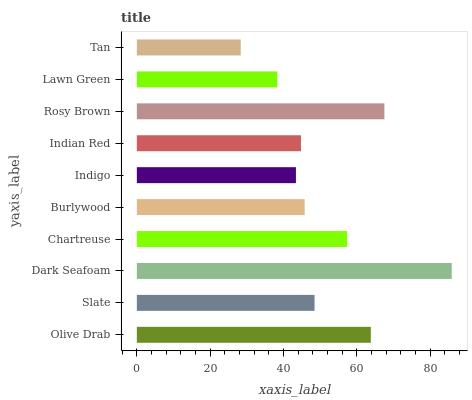
| yaxis_label | bars |
 | --- | --- |
 | Olive Drab | 63.8 |
 | Slate | 48.5 |
 | Dark Seafoam | 85.9 |
 | Chartreuse | 57.3 |
 | Burlywood | 45.8 |
 | Indigo | 43.4 |
 | Indian Red | 44.8 |
 | Rosy Brown | 67.5 |
 | Lawn Green | 38.3 |
 | Tan | 28.3 |